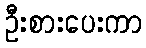
ဦးစားပေးကာ